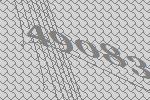
49083